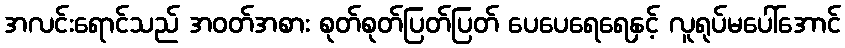
အလင်းရောင်သည် အဝတ်အစား စုတ်စုတ်ပြတ်ပြတ် ပေပေရေရေနှင့် လူရုပ်မပေါ်အောင်